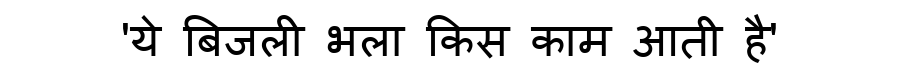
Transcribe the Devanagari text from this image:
'ये बिजली भला किस काम आती है'